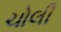
ચોલી